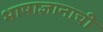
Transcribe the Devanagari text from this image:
भाषाज्ञानाची